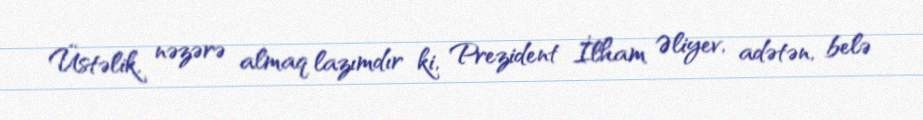
Üstəlik, nəzərə almaq lazımdır ki, Prezident İlham Əliyev, adətən, belə